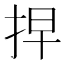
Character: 𢫵